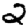
Digit: 2